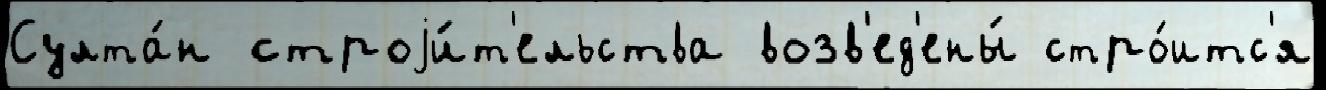
Султа́н строjи́т'ельства возв'ед'ены́ стро́итс'я